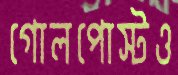
গোলপোস্টও